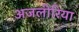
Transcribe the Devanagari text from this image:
अजलीरिया